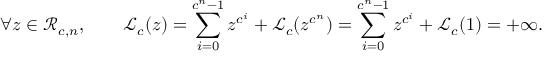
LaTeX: \forall z \in { \mathcal { R } } _ { c , n } , \qquad { \mathcal { L } } _ { c } ( z ) = \sum _ { i = 0 } ^ { c ^ { n } - 1 } z ^ { c ^ { i } } + { \mathcal { L } } _ { c } ( z ^ { c ^ { n } } ) = \sum _ { i = 0 } ^ { c ^ { n } - 1 } z ^ { c ^ { i } } + { \mathcal { L } } _ { c } ( 1 ) = + \infty .